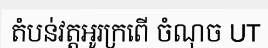
តំបន់វត្តអូរក្រពើ ចំណុច UT